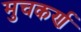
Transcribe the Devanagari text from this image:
मुचकर्ण